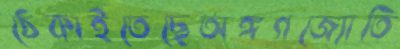
ঠেকাইতেছেঅঙ্গগজ্যোতি